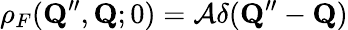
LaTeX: \rho_{F}(\mathbf{Q}^{\prime\prime},\mathbf{Q};0)={\cal A}\delta(\mathbf{Q}^{\prime\prime}-\mathbf{Q})